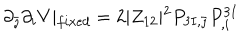
LaTeX: \partial _ { \bar { \jmath } } \partial _ { i } V \vert _ { f i x e d } = 2 \vert Z _ { 1 2 } \vert ^ { 2 } P _ { 3 I , \bar { \jmath } } P _ { , i } ^ { 3 I }